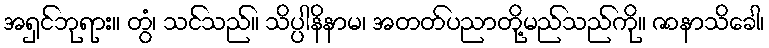
အရှင်ဘုရား။ တွံ၊ သင်သည်။ သိပ္ပါနိနာမ၊ အတတ်ပညာတို့မည်သည်ကို။ ဇာနာသိခေါ၊